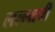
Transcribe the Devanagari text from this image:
लल्लाची